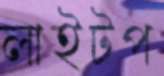
লাইটপ